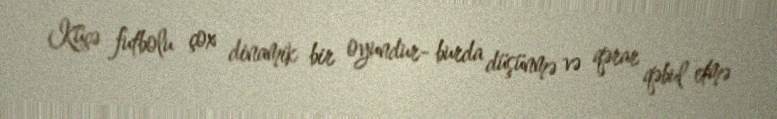
Küçə futbolu çox dinamik bir oyundur- burda düşünmə və qərar qəbul etmə